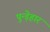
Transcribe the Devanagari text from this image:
पुन्ड़ेहार